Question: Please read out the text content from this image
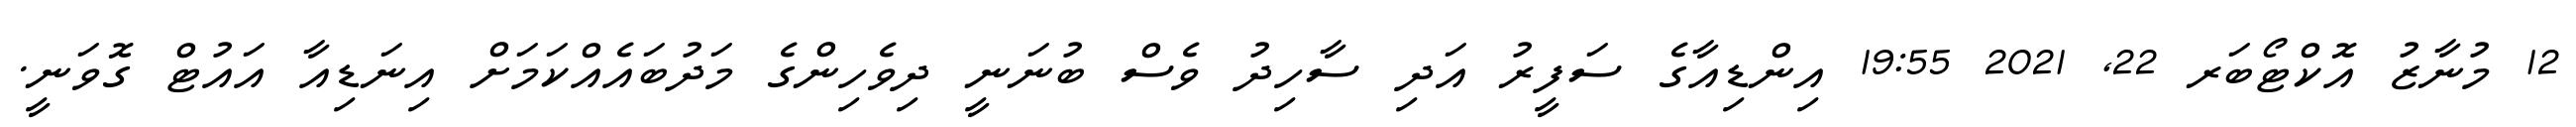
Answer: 12 މުނާޒު އޮކްޓޯބަރ 22, 2021 19:55 އިންޑިއާގެ ސަފީރު އަދި ސާހިދު ވެސް ބުނަނީ ދިވެހިންގެ މަދުބައެއްކަމަށް އިނަޑިއާ އައުޓް ގޮވަނީ.